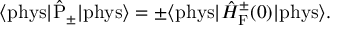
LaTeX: \langle \mathrm { p h y s } | \hat { \mathrm { P } } _ { \pm } | \mathrm { p h y s } \rangle = \pm \langle \mathrm { p h y s } | \hat { \cal H } _ { \mathrm { F } } ^ { \pm } ( 0 ) | \mathrm { p h y s } \rangle .